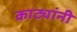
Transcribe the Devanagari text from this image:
काट्यांनी